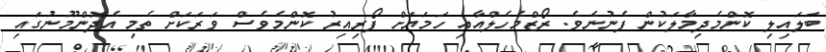
ބަލައިލި ކޮންމެދިމާލަކުން ފެނުނެވެ. ރޯޒްމެހެލްއާއި ހަމަޔަށް ފޯރިއިރު ކޮންމެވެސް ވަރަކަށް ތެމި އެދޮންމޫނުގައި